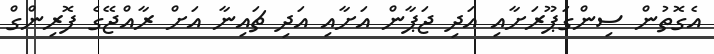
އެގޮތުން ސިންގަޕޫރަށާއި އަދި ޖަޕާން އަށާއި އަދި ޗައިނާ އަށް ރާއްޖޭގެ ފޮރިންގް